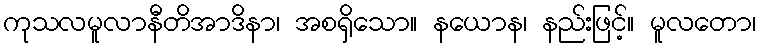
ကုသလမူလာနီတိအာဒိနာ၊ အစရှိသော။ နယောန၊ နည်းဖြင့်။ မူလတော၊